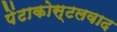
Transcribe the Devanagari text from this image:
पेंटाकोस्टलवाद